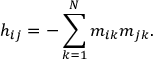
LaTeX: h _ { i j } = - \sum _ { k = 1 } ^ { N } m _ { i k } m _ { j k } .